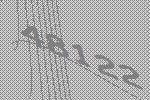
48122